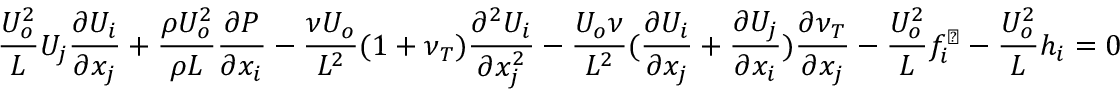
\frac { U _ { o } ^ { 2 } } { L } U _ { j } \frac { \partial U _ { i } } { \partial x _ { j } } + \frac { \rho U _ { o } ^ { 2 } } { \rho L } \frac { \partial P } { \partial x _ { i } } - \frac { \nu U _ { o } } { L ^ { 2 } } ( 1 + \nu _ { T } ) \frac { \partial ^ { 2 } U _ { i } } { \partial x _ { j } ^ { 2 } } - \frac { U _ { o } \nu } { L ^ { 2 } } ( \frac { \partial U _ { i } } { \partial x _ { j } } + \frac { \partial U _ { j } } { \partial x _ { i } } ) \frac { \partial \nu _ { T } } { \partial x _ { j } } - \frac { U _ { o } ^ { 2 } } { L } f _ { i } ^ { \perp } - \frac { U _ { o } ^ { 2 } } { L } h _ { i } = 0